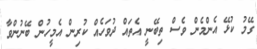
ގޭމު ކުޅޭ އެންމެން ވެސް ތިބޭނީ އެތައް ދުވަހެއް ކުރިން އެމީހުން ބޭނުންވާ